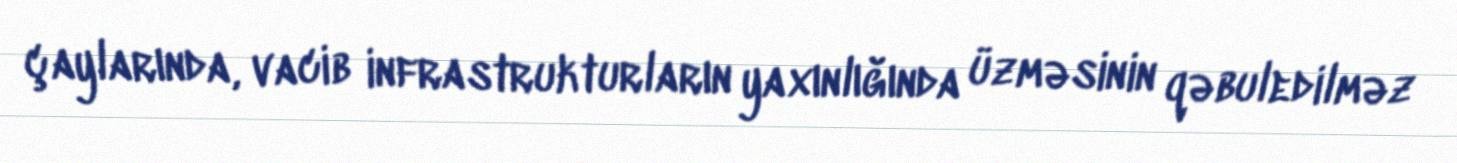
çaylarında, vacib infrastrukturların yaxınlığında üzməsinin qəbuledilməz